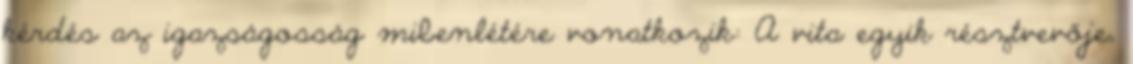
kérdés az igazságosság mibenlétére vonatkozik: A vita egyik résztvevője,